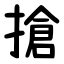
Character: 搶